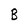
Character: B